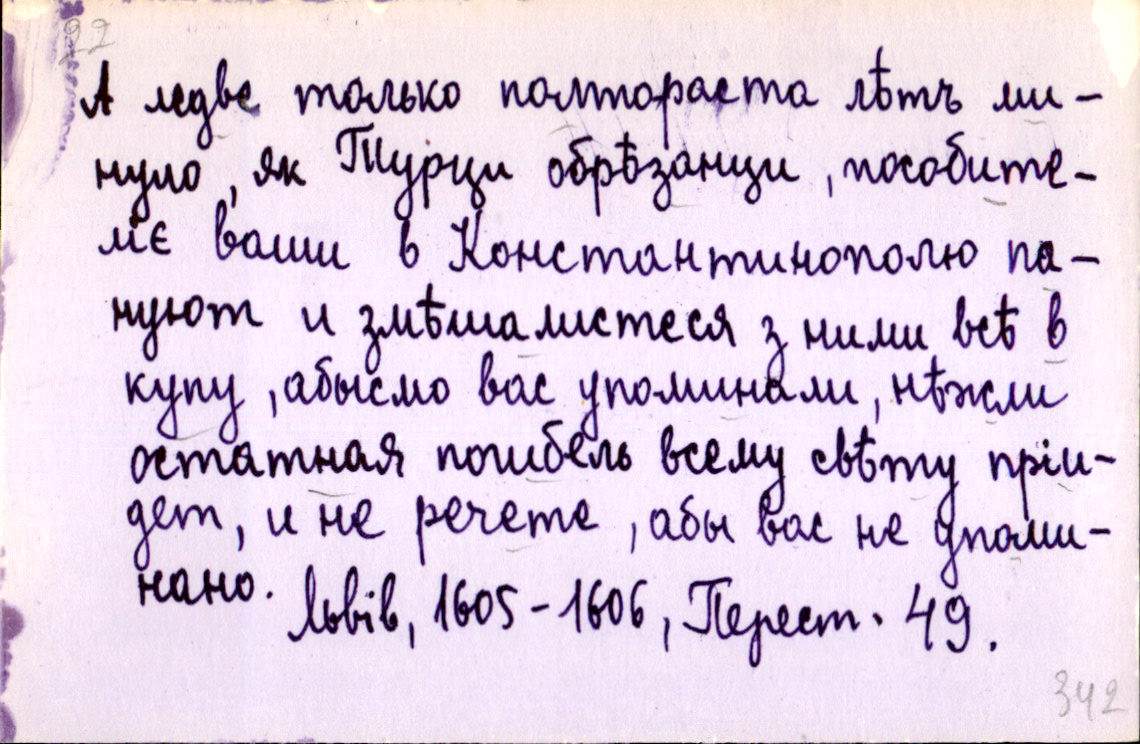
А ледве только полтораста лѣтъ ми-
нуло, як Турци обрѣзанци, пособите-
ліє ваши в Константинополю па-
нуют и змѣшалистеся з ними всѣ в
купу, абысмо вас упоминали, нѣжли
остатная погибель всему свѣту пріи-
дет, и не речете, абы вас не упоми-
нано. 
Львів, 1605-1606, Перест. 49.